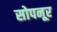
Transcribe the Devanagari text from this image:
सोपनूर